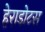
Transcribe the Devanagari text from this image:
हेराडोटस